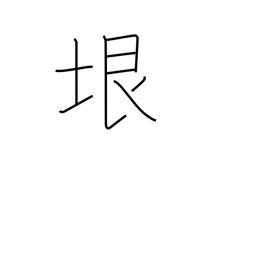
Meaning: limit